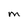
Character: M